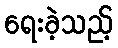
ရေးခဲ့သည့်